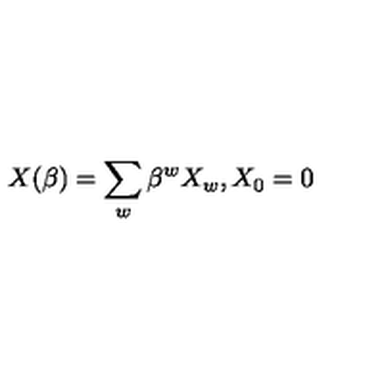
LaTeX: X ( \beta ) = \sum _ { w } \beta ^ { w } X _ { w } , X _ { 0 } = 0